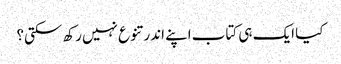
کیا ایک ہی کتاب اپنے اندر تنوع نہیں رکھ سکتی؟